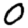
Digit: 0